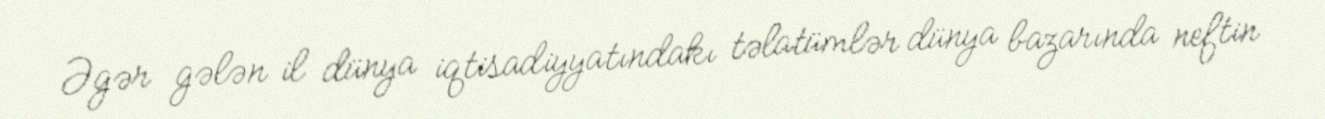
Əgər gələn il dünya iqtisadiyyatındakı təlatümlər dünya bazarında neftin